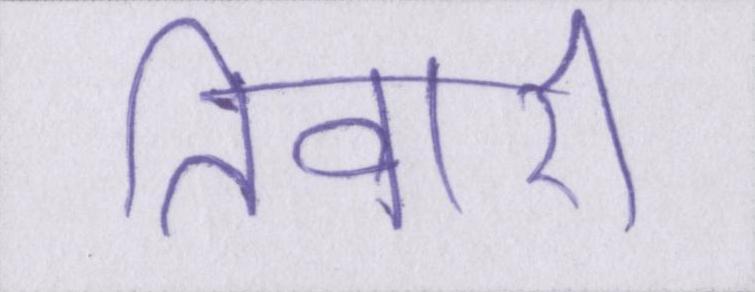
तिवारी